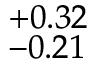
^ { + 0 . 3 2 } _ { - 0 . 2 1 }